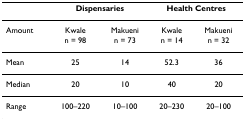
|  | <COLSPAN=2> Dispensaries | <COLSPAN=2> Health Centres |
 | --- | --- | --- | --- | --- |
 | Amount | Kwalen = 98 | Makuenin = 73 | Kwalen = 14 | Makuenin = 32 |
 | Mean | 25 | 14 | 52.3 | 36 |
 | Median | 20 | 10 | 40 | 20 |
 | Range | 100–220 | 10–100 | 20–230 | 20–100 |